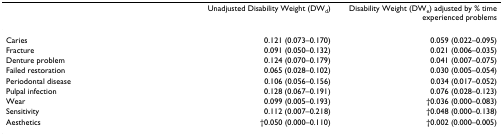
<table><thead><tr><td></td><td><b>Unadjusted Disability Weight (DW<sub>d</sub>)</b></td><td><b>Disability Weight (DW<sub>e</sub>) adjusted by % time experienced problems</b></td></tr></thead><tbody><tr><td>Caries</td><td>0.121 (0.073–0.170)</td><td>0.059 (0.022–0.095)</td></tr><tr><td>Fracture</td><td>0.091 (0.050–0.132)</td><td>0.021 (0.006–0.035)</td></tr><tr><td>Denture problem</td><td>0.124 (0.070–0.179)</td><td>0.041 (0.007–0.075)</td></tr><tr><td>Failed restoration</td><td>0.065 (0.028–0.102)</td><td>0.030 (0.005–0.054)</td></tr><tr><td>Periodontal disease</td><td>0.106 (0.056–0.156)</td><td>0.034 (0.017–0.052)</td></tr><tr><td>Pulpal infection</td><td>0.128 (0.067–0.191)</td><td>0.076 (0.028–0.123)</td></tr><tr><td>Wear</td><td>0.099 (0.005–0.193)</td><td>†0.036 (0.000–0.083)</td></tr><tr><td>Sensitivity</td><td>0.112 (0.007–0.218)</td><td>†0.048 (0.000–0.138)</td></tr><tr><td>Aesthetics</td><td>†0.050 (0.000–0.110)</td><td>†0.002 (0.000–0.005)</td></tr></tbody></table>